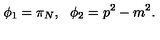
\phi _ { 1 } = \pi _ { N } , \: \: \: \phi _ { 2 } = p ^ { 2 } - m ^ { 2 } .